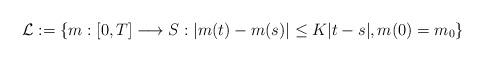
LaTeX: \begin{align*}\mathcal{L} := \left\{m:[0,T]\longrightarrow S: |m(t)-m(s)| \leq K|t-s| , m(0) = m_0 \right\}\end{align*}